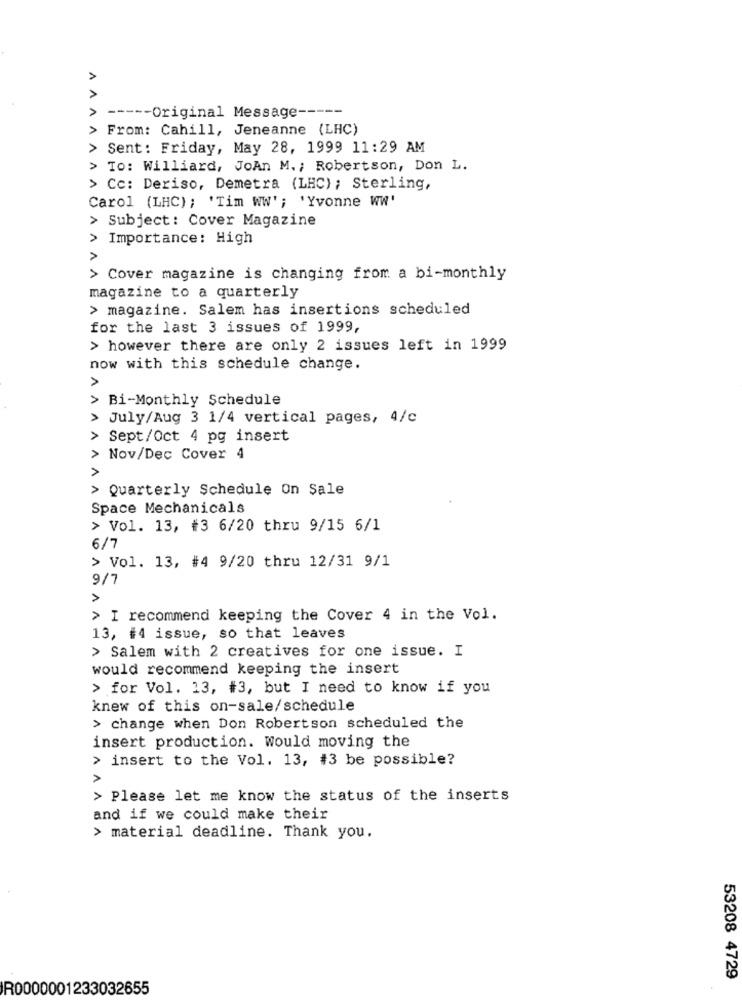
>
----- Original Message -----
From: Cahill, Jeneanne (LHC)
> Sent: Friday, May 28, 1999 11:29 AM
AAAAA
> To: Williard, JoAn M. ; Robertson, Don L.
> Cc: Deriso, Demetra (LHC); Sterling,
Carol (LHC) ; 'Tim WW' ; 'Yvonne WW'
> Subject: Cover Magazine
> Importance: High
>
> Cover magazine is changing from a bi-monthly
magazine to a quarterly
> magazine. Salem has insertions scheduled
for the last 3 issues of 1999,
> however there are only 2 issues left in 1999
now with this schedule change.
>
> Bi-Monthly Schedule
> July/Aug 3 1/4 vertical pages, 4/c
> Sept/Oct 4 pg insert
> Nov/Dec Cover 4
> Quarterly Schedule On Sale
Space Mechanicals
> Vol. 13, #3 6/20 thru 9/15 6/1
6/7
> Vol. 13, #4 9/20 thru 12/31 9/1
9/7
>
> I recommend keeping the Cover 4 in the Vol.
13, #4 issue, so that leaves
> Salem with 2 creatives for one issue. I
would recommend keeping the insert
> for Vol. 13, #3, but I need to know if you
knew of this on-sale/schedule
> change when Don Robertson scheduled the
insert production. would moving the
> insert to the Vol. 13, #3 be possible?
>
> Please let me know the status of the inserts
and if we could make their
> material deadline. Thank you.
53208 4729
R0000001233032655